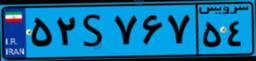
۵۲S۷۶۷۵۴